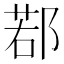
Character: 鄀